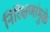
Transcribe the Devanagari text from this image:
निरिक्षणांमुळे